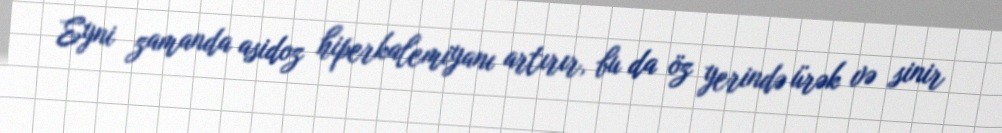
Eyni zamanda asidoz hiperkalemiyanı artırır, bu da öz yerində ürək və sinir